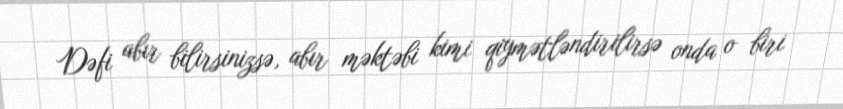
Dəfi abır bilirsinizsə, abır məktəbi kimi qiymətləndirilirsə onda o biri